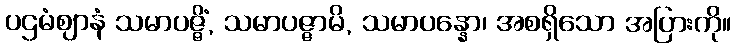
ပဌမံဈာနံ သမာပဇ္ဇိံ, သမာပဇ္ဇာမိ, သမာပန္နော၊ အစရှိသော အပြားကို။